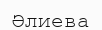
Әлиева